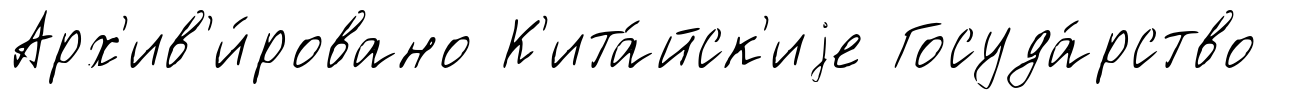
Арх'ив'и́ровано К'ита́йск'иjе Госуда́рство